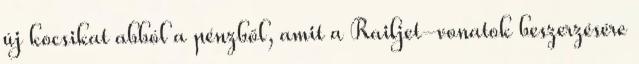
új kocsikat abból a pénzből, amit a Railjet-vonatok beszerzésére